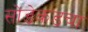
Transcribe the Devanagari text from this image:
सोंडेकडचा